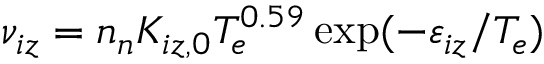
\nu _ { i z } = n _ { n } K _ { i z , 0 } T _ { e } ^ { 0 . 5 9 } \exp ( - \varepsilon _ { i z } / T _ { e } )